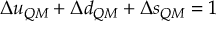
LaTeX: \Delta u _ { Q M } + \Delta d _ { Q M } + \Delta s _ { Q M } = 1